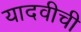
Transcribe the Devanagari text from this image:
यादवीची